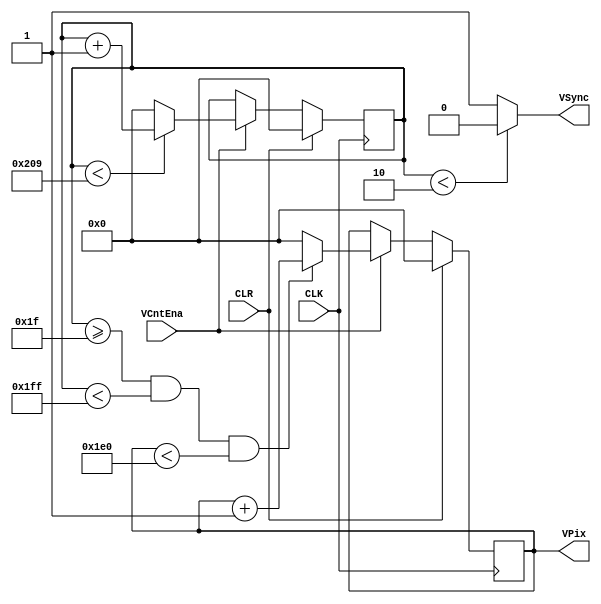
`timescale 1ns / 1ps
//////////////////////////////////////////////////////////////////////////////////
// Company: 
// Engineer: 
//
//////////////////////////////////////////////////////////////////////////////////
module vCounter( CLK, CLR, VCntEna, VSync, VPix );
	input CLK, CLR, VCntEna;
	output reg VSync;
	output reg [9:0] VPix;
	
	reg [9:0] VCnt;
	
	parameter SCANLINE = 521;
	parameter DISPLAY = 480;
	parameter SYNC = 2;
	parameter FRONT_PORCH = 10;
	parameter BACK_PORCH = 29;
	
	always @ (posedge CLK) begin
		if (CLR) begin VCnt = 10'b0; end
		else begin
			if (VCntEna) begin
				if (VCnt < SCANLINE) begin VCnt = VCnt + 1'b1; end
				else begin VCnt = 10'b0; end
			end
			else begin
				VCnt = VCnt;
			end
		end
	end
	
	always @ (*) begin
		if (VCnt < SYNC) begin
			VSync = 1'b0;
		end
		else begin
			VSync = 1'b1;
		end
	end
	
	always @ (posedge CLK) begin
		if (CLR) begin VPix = 10'b0; end
		else begin
			if (VCntEna) begin
				if ((VCnt >= (SYNC + BACK_PORCH)) && (VCnt < SCANLINE - FRONT_PORCH) && (VPix < DISPLAY)) begin VPix = VPix + 1'b1; end
				else begin VPix = 10'b0; end
			end
			else begin
				VPix = VPix;
			end
		end
	end

endmodule